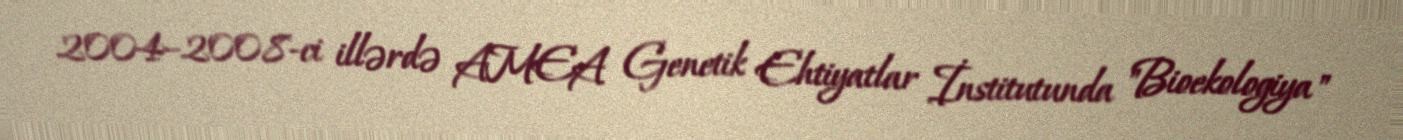
2004–2008-ci illərdə AMEA Genetik Ehtiyatlar İnstitutunda "Bioekologiya"